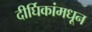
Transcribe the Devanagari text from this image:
दीर्घिकांमधून